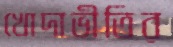
খোদাভীতির